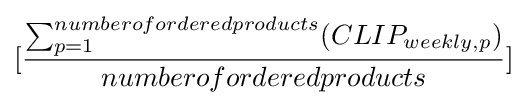
[{\frac {\sum _{p=1}^{numberoforderedproducts}(CLIP_{weekly,p})}{numberoforderedproducts}}]